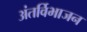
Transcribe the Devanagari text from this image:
अंतर्विभाजन